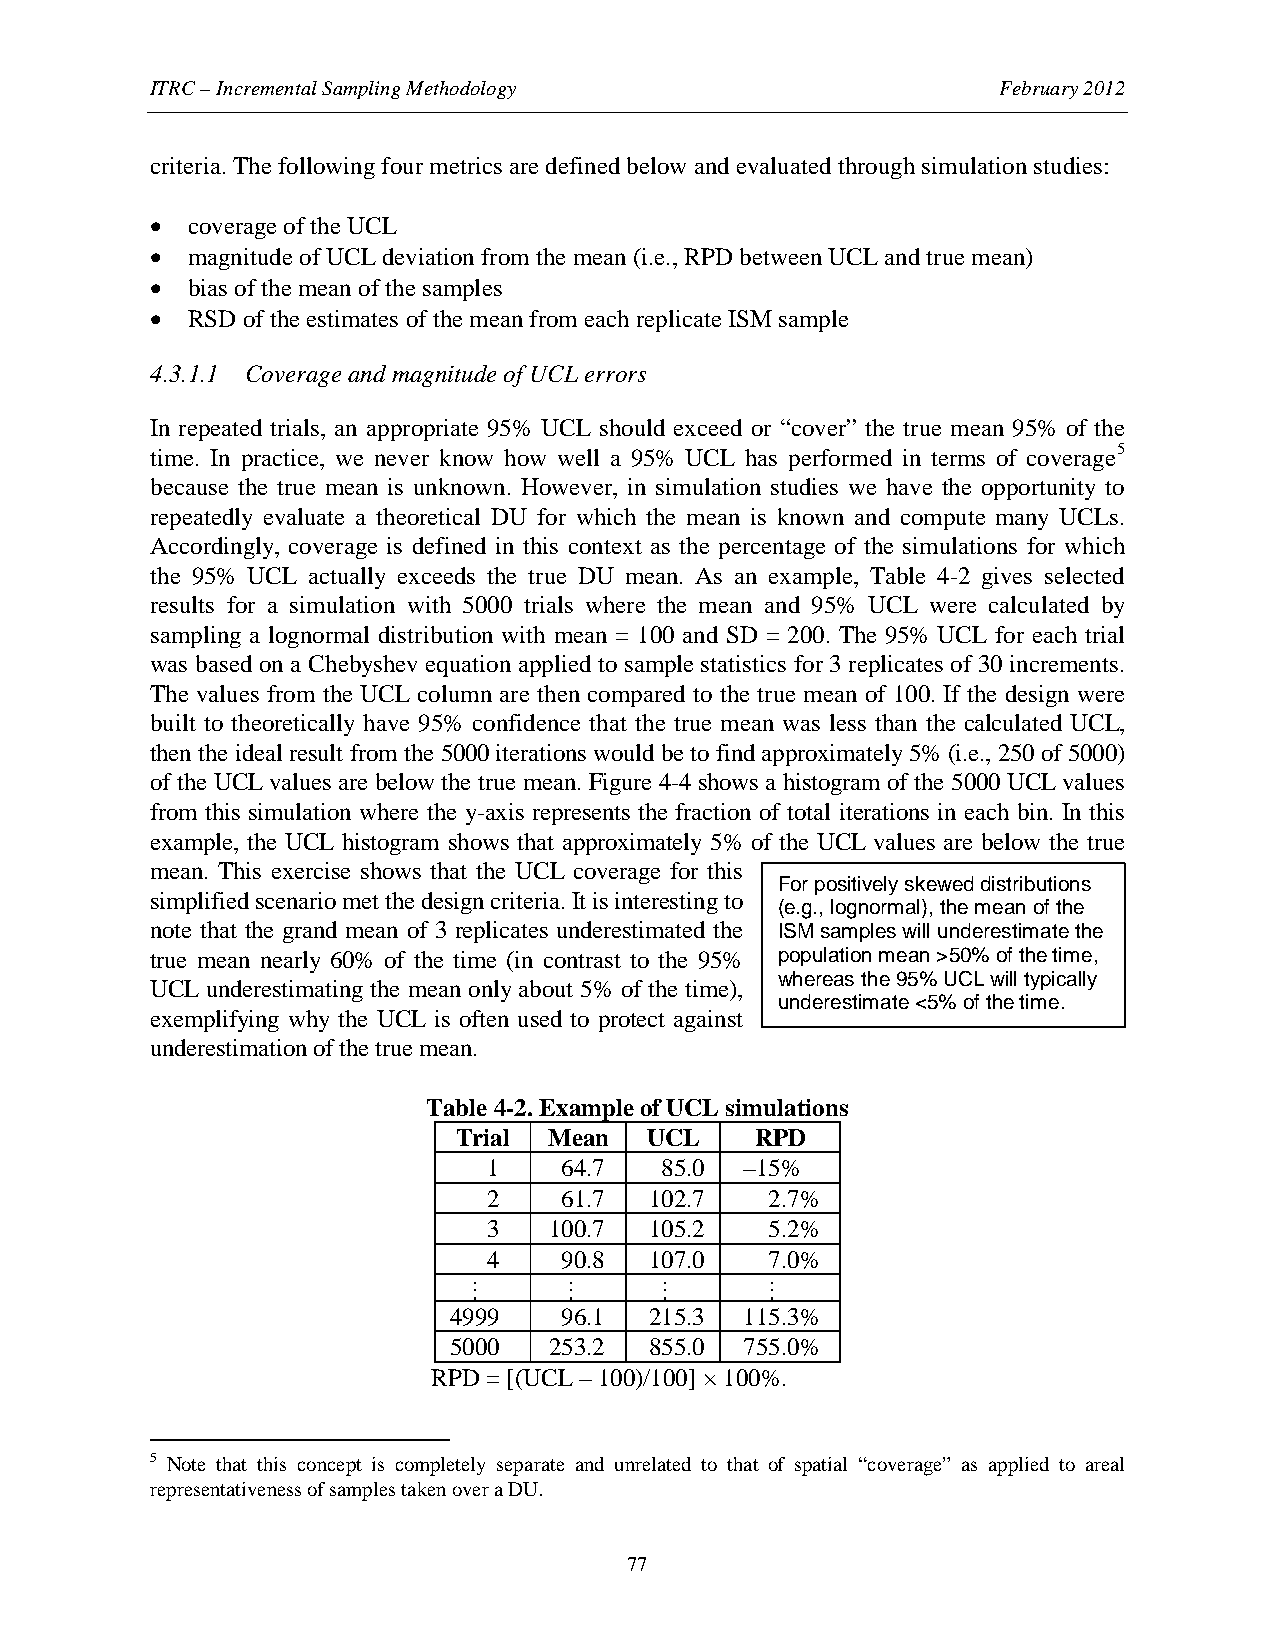
ITRC – Incremental Sampling Methodology                 February 2012
 criteria. The following four metrics are defined below and evaluated through simulation studies:
 • coverage of the UCL
 • magnitude of UCL deviation from the mean (i.e., RPD between UCL and true mean)
 • bias of the mean of the samples
 • RSD of the estimates of the mean from each replicate ISM sample
 4.3.1.1 Coverage and magnitude of UCL errors
 In repeated trials, an appropriate 95% UCL should exceed or “cover” the true mean 95% of the
 time. In practice, we never know how well a 95% UCL has performed in terms of coverage5
 because the true mean is unknown. However, in simulation studies we have the opportunity to
 repeatedly evaluate a theoretical DU for which the mean is known and compute many UCLs.
 Accordingly, coverage is defined in this context as the percentage of the simulations for which
 the 95% UCL actually exceeds the true DU mean. As an example, Table 4-2 gives selected
 results for a simulation with 5000 trials where the mean and 95% UCL were calculated by
 sampling a lognormal distribution with mean = 100 and SD = 200. The 95% UCL for each trial
 was based on a Chebyshev equation applied to sample statistics for 3 replicates of 30 increments.
 The values from the UCL column are then compared to the true mean of 100. If the design were
 built to theoretically have 95% confidence that the true mean was less than the calculated UCL,
 then the ideal result from the 5000 iterations would be to find approximately 5% (i.e., 250 of 5000)
 of the UCL values are below the true mean. Figure 4-4 shows a histogram of the 5000 UCL values
 from this simulation where the y-axis represents the fraction of total iterations in each bin. In this
 example, the UCL histogram shows that approximately 5% of the UCL values are below the true
 mean. This exercise shows that the UCL coverage for this
 For positively skewed distributions
 simplified scenario met the design criteria. It is interesting to
 (e.g., lognormal), the mean of the
 note that the grand mean of 3 replicates underestimated the ISM samples will underestimate the
 true mean nearly 60% of the time (in contrast to the 95% population mean >50% of the time,
 whereas the 95% UCL will typically
 UCL underestimating the mean only about 5% of the time),
 underestimate <5% of the time.
 exemplifying why the UCL is often used to protect against
 underestimation of the true mean.
 Table 4-2. Example of UCL simulations
 Trial Mean   UCL    RPD
 1    64.7   85.0 –15%
 2    61.7  102.7   2.7%
 3   100.7  105.2   5.2%
 4    90.8  107.0   7.0%
 4999   96.1  215.3 115.3%
 5000  253.2  855.0 755.0%
 RPD = [(UCL – 100)/100] × 100%.
 5 Note that this concept is completely separate and unrelated to that of spatial “coverage” as applied to areal
 representativeness of samples taken over a DU.
 77
 .…    .…    .…      .…